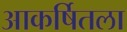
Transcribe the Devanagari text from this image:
आकर्षितला